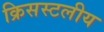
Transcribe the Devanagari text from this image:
क्रिसस्टलीय